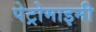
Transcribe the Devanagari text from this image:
पेट्रोमाइनी